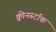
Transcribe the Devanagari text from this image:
क्वीनस्टॉक